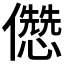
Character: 𠐷